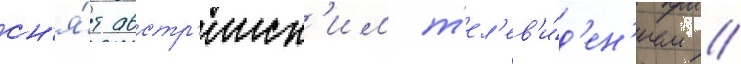
сн'я́т австр'ииск'им т'ел'ев'и́д'ен'ием //